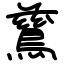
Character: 鶿